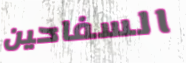
السفاحين